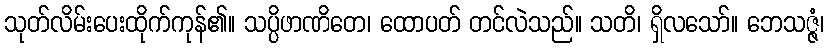
သုတ်လိမ်းပေးထိုက်ကုန်၏။ သပ္ပိဖာဏိတေ၊ ထောပတ် တင်လဲသည်။ သတိ၊ ရှိလသော်။ ဘေသဇ္ဇံ၊